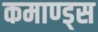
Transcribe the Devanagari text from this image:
कमाण्ड्स